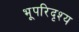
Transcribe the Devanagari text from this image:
भूपरिदृश्य